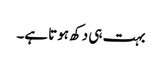
بہت ہی دکھ ہوتا ہے۔